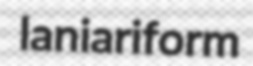
laniariform